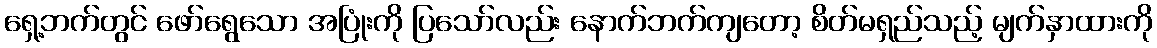
ရှေ့ဘက်တွင် ဖော်ရွေသော အပြုံးကို ပြသော်လည်း နောက်ဘက်ကျတော့ စိတ်မရှည်သည့် မျက်နှာထားကို